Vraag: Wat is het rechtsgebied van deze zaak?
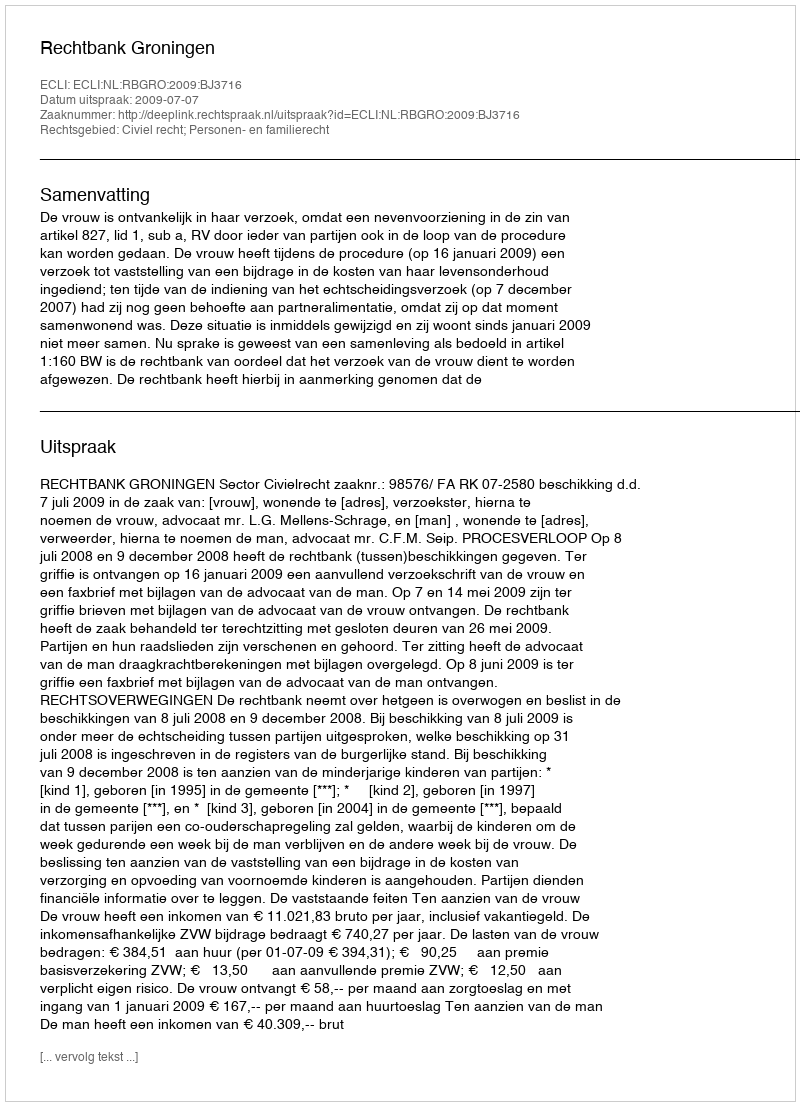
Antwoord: Civiel recht; Personen- en familierecht